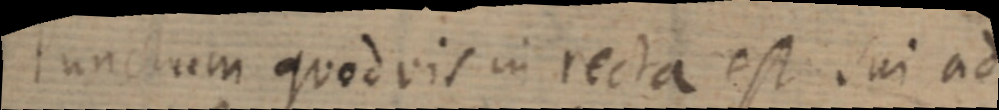
Punctum quodvis in recta est sui ad